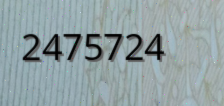
2475724